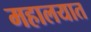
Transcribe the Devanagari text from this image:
महालयात